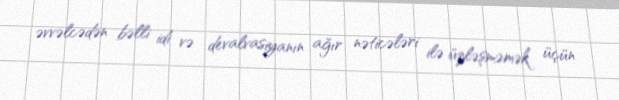
əvvəlcədən bəlli idi və devalvasiyanın ağır nəticələri ilə üzləşməmək üçün